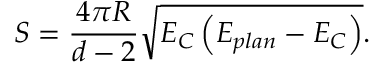
S = \frac { 4 \pi R } { d - 2 } \sqrt { E _ { C } \left( E _ { p l a n } - E _ { C } \right) } .